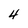
Character: 4